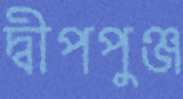
দ্বীপপুঞ্জ